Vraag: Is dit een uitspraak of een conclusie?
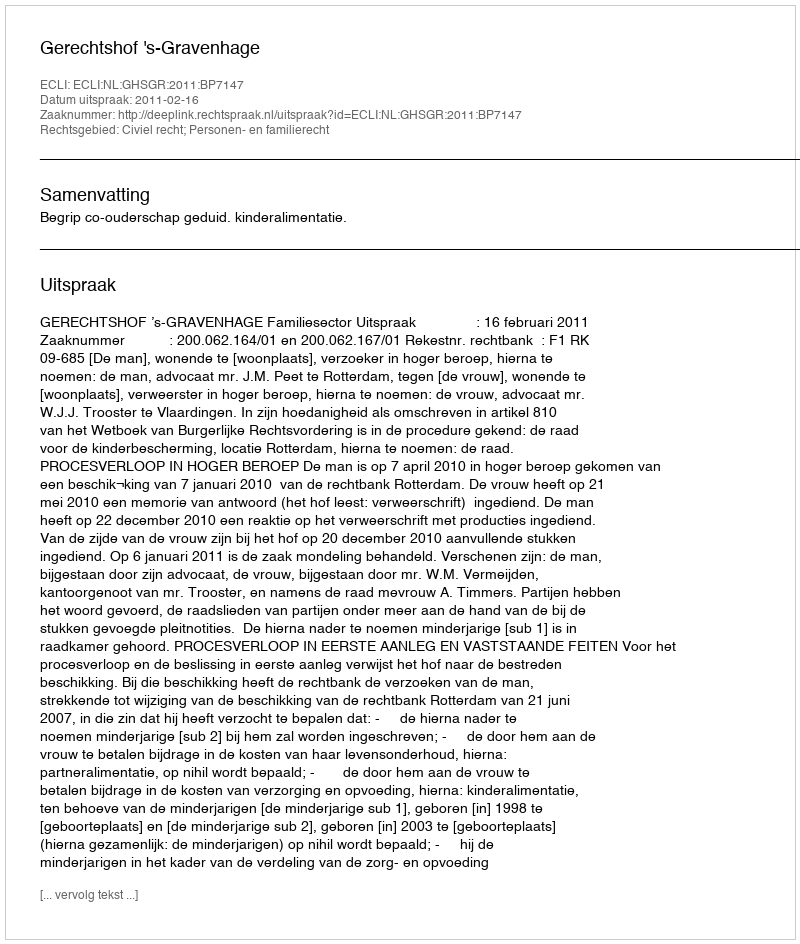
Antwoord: Uitspraak